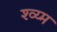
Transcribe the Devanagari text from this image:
श्व्य्म